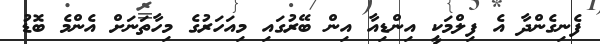
ފެނިގެންދާ އެ ފިލްމަކީ އިންޑިއާ އިން ބޭރުގައި މިއަހަރުގެ މިހާތަނަށް އެންމެ ބޮޑު